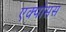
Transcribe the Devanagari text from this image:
एक्पोसस